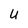
Character: u